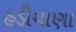
હડીયાણા